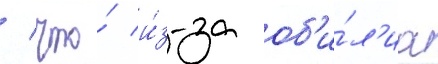
/ что́ и́з-за об'и́л'иа